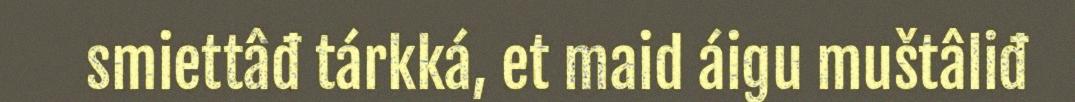
smiettâđ tárkká, et maid áigu muštâliđ